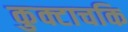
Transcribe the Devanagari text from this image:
कुक्टाचकि